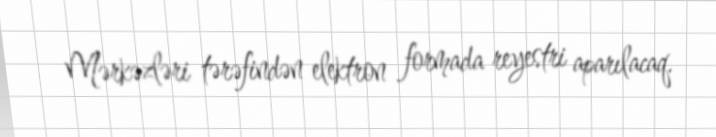
Mərkəzləri tərəfindən elektron formada reyestri aparılacaq.